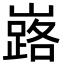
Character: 𡽘